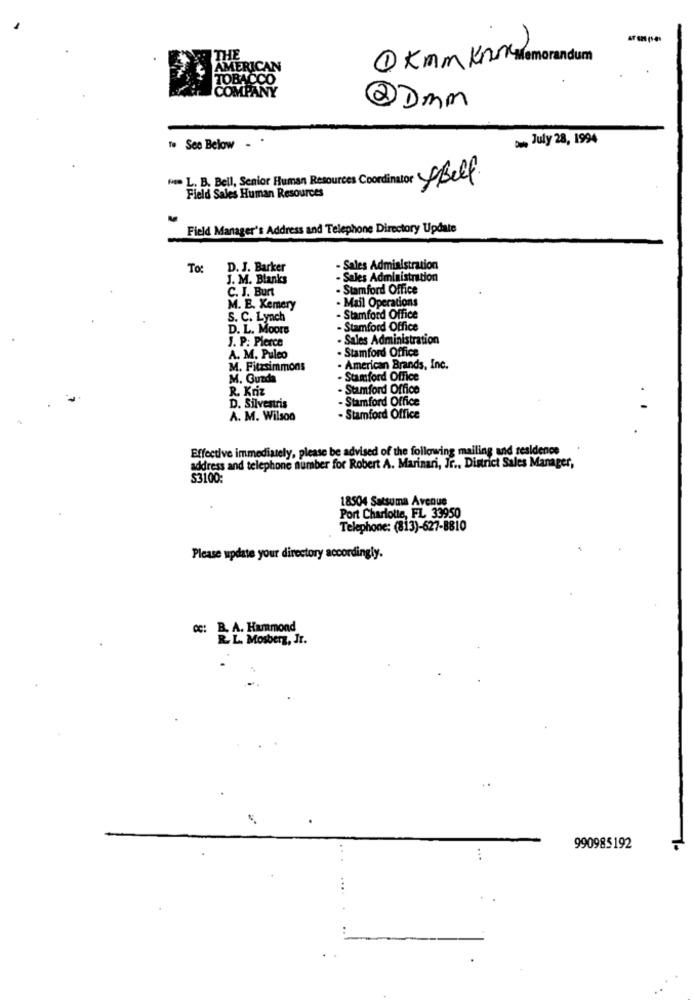
1 Kmm Knorr Memorandum
NY
. July 28, 1994
To See Below . .
FOR L. B. Bell, Senior Human Resources Coordinator Bell
Field Sales Human Resources
Field Manager's Address and Telephone Directory Update
To:
D. J. Barker
- Sales Administration
J. M. Blanks
- Sales Administration
C. J. Burt
· Stamford Office
. Mail Operations
M. E. Kemery
S. C. Lynch
- Stamford Office
D. L. Moore
- Stamford Office
J. P: Pierce
- Sales Administration
. Stamford Office
A. M. Pulco
M. Fitzsimmons
- American Brands, Inc.
M. Guzda
- Stamford Office
R. Kriz
- Stamford Office
- Stamford Office
D. Silvestris
. .
A. M. Wilson
Stamford Office
Effective immediately, please be advised of the following mailing and residence
address and telephone number for Robert A. Marinari, Jr ., District Sales Manager,
S3100;
18504 Satsuma Avenue
Port Charlotte, FL 33950
Telephone: (813)-627-8810
Please update your directory accordingly.
cc: B. A. Hammond
R. L. Mosberg, Jr.
990985192